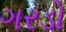
ગરડો